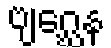
ဗျဂ္ဃေန